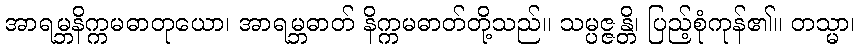
အာရမ္ဘနိက္ကမဓာတုယော၊ အာရမ္ဘဓာတ် နိက္ကမဓာတ်တို့သည်။ သမ္ပဇ္ဇန္တိ၊ ပြည့်စုံကုန်၏။ တသ္မာ၊